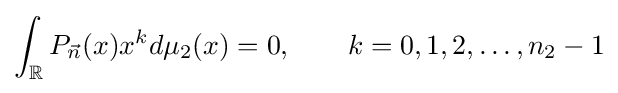
\int _{\mathbb {R} }P_{\vec {n}}(x)x^{k}d\mu _{2}(x)=0,\qquad k=0,1,2,\dots ,n_{2}-1